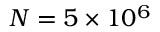
N = 5 \times 1 0 ^ { 6 }